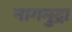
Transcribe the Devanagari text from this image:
नागमुद्रा